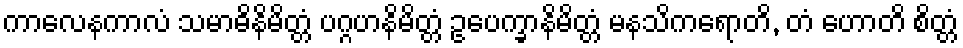
ကာလေနကာလံ သမာဓိနိမိတ္တံ ပဂ္ဂဟနိမိတ္တံ ဥပေက္ခာနိမိတ္တံ မနသိကရောတိ, တံ ဟောတိ စိတ္တံ